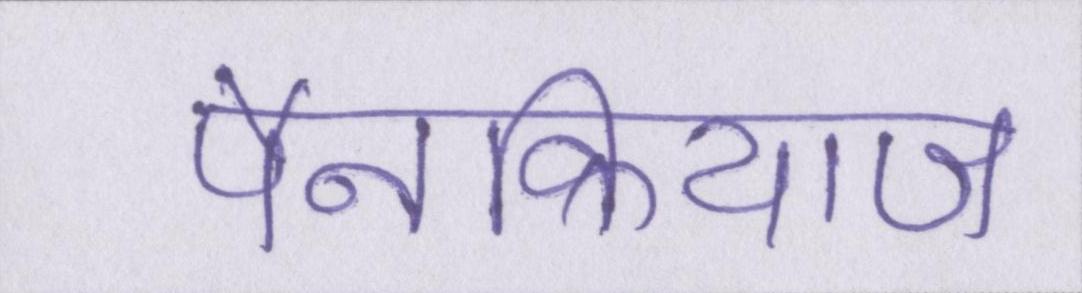
पैनक्रियाज